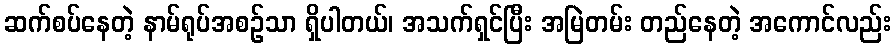
ဆက်စပ်နေတဲ့ နာမ်ရုပ်အစဉ်သာ ရှိပါတယ်၊ အသက်ရှင်ပြီး အမြဲတမ်း တည်နေတဲ့ အကောင်လည်း